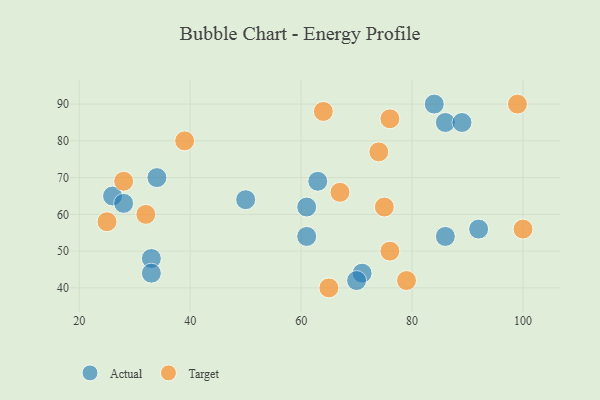
{"axis": {"x": "GDP", "y": "Life Expectancy"}, "legend": ["Actual", "Target"], "data": [{"x": "26", "y": 65, "type": "Actual"}, {"x": "92", "y": 56, "type": "Actual"}, {"x": "84", "y": 90, "type": "Actual"}, {"x": "86", "y": 54, "type": "Actual"}, {"x": "50", "y": 64, "type": "Actual"}, {"x": "86", "y": 85, "type": "Actual"}, {"x": "34", "y": 70, "type": "Actual"}, {"x": "89", "y": 85, "type": "Actual"}, {"x": "28", "y": 63, "type": "Actual"}, {"x": "33", "y": 48, "type": "Actual"}, {"x": "71", "y": 44, "type": "Actual"}, {"x": "61", "y": 54, "type": "Actual"}, {"x": "33", "y": 44, "type": "Actual"}, {"x": "61", "y": 62, "type": "Actual"}, {"x": "70", "y": 42, "type": "Actual"}, {"x": "63", "y": 69, "type": "Actual"}, {"x": "99", "y": 90, "type": "Target"}, {"x": "100", "y": 56, "type": "Target"}, {"x": "76", "y": 50, "type": "Target"}, {"x": "74", "y": 77, "type": "Target"}, {"x": "39", "y": 80, "type": "Target"}, {"x": "79", "y": 42, "type": "Target"}, {"x": "76", "y": 86, "type": "Target"}, {"x": "28", "y": 69, "type": "Target"}, {"x": "32", "y": 60, "type": "Target"}, {"x": "75", "y": 62, "type": "Target"}, {"x": "65", "y": 40, "type": "Target"}, {"x": "64", "y": 88, "type": "Target"}, {"x": "67", "y": 66, "type": "Target"}, {"x": "25", "y": 58, "type": "Target"}]}